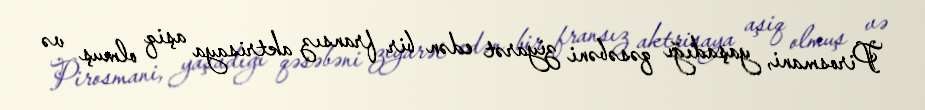
Pirosmani, yaşadığı qəsəbəni ziyarət edən bir fransız aktrisaya aşiq olmuş və